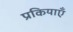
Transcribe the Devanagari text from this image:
प्रकियाएँ